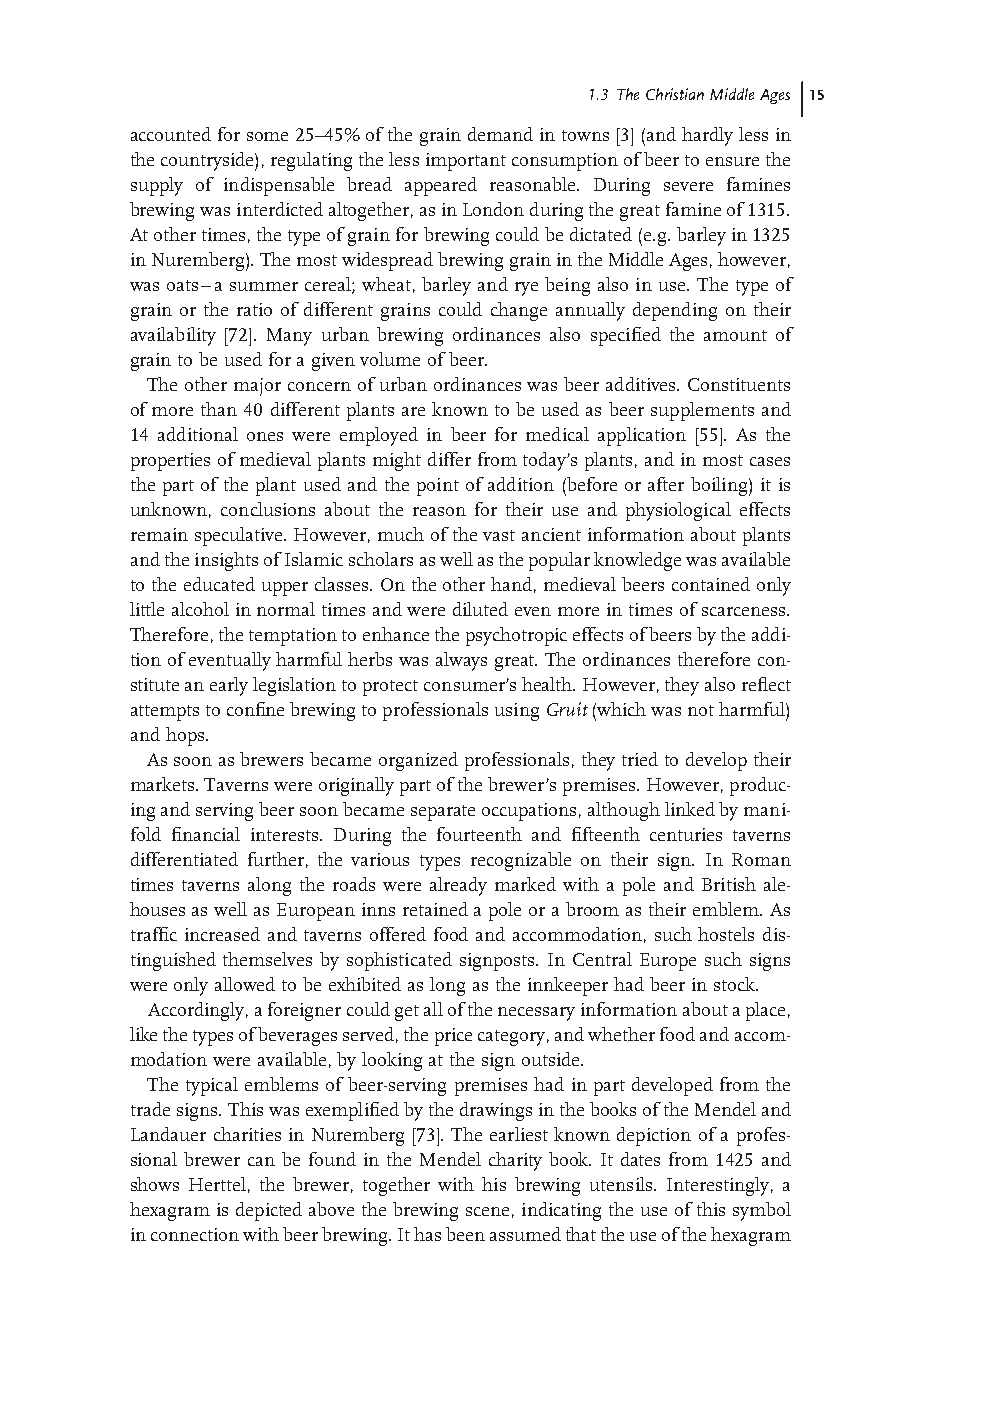
1.3 The Christian Middle Ages 15
 accounted for some 25– 45% of the grain demand in towns [3] (and hardly less in
 the countryside), regulating the less important consumption of beer to ensure the
 supply of indispensable bread appeared reasonable. During severe famines
 brewing was interdicted altogether, as in London during the great famine of 1315.
 At other times, the type of grain for brewing could be dictated (e.g. barley in 1325
 in Nuremberg). The most widespread brewing grain in the Middle Ages, however,
 was oats – a summer cereal; wheat, barley and rye being also in use. The type of
 grain or the ratio of different grains could change annually depending on their
 availability [ 72] . Many urban brewing ordinances also specifi ed the amount of
 grain to be used for a given volume of beer.
 The other major concern of urban ordinances was beer additives. Constituents
 of more than 40 different plants are known to be used as beer supplements and
 14 additional ones were employed in beer for medical application [55] . As the
 properties of medieval plants might differ from today ’ s plants, and in most cases
 the part of the plant used and the point of addition (before or after boiling) it is
 unknown, conclusions about the reason for their use and physiological effects
 remain speculative. However, much of the vast ancient information about plants
 and the insights of Islamic scholars as well as the popular knowledge was available
 to the educated upper classes. On the other hand, medieval beers contained only
 little alcohol in normal times and were diluted even more in times of scarceness.
 Therefore, the temptation to enhance the psychotropic effects of beers by the addi-
 tion of eventually harmful herbs was always great. The ordinances therefore con-
 stitute an early legislation to protect consumer’ s health. However, they also refl ect
 attempts to confi ne brewing to professionals using G ruit (which was not harmful)
 and hops.
 As soon as brewers became organized professionals, they tried to develop their
 markets. Taverns were originally part of the brewer’ s premises. However, produc-
 ing and serving beer soon became separate occupations, although linked by mani-
 fold fi nancial interests. During the fourteenth and fi fteenth centuries taverns
 differentiated further, the various types recognizable on their sign. In Roman
 times taverns along the roads were already marked with a pole and British ale-
 houses as well as European inns retained a pole or a broom as their emblem. As
 traffi c increased and taverns offered food and accommodation, such hostels dis-
 tinguished themselves by sophisticated signposts. In Central Europe such signs
 were only allowed to be exhibited as long as the innkeeper had beer in stock.
 Accordingly, a foreigner could get all of the necessary information about a place,
 like the types of beverages served, the price category, and whether food and accom-
 modation were available, by looking at the sign outside.
 The typical emblems of beer- serving premises had in part developed from the
 trade signs. This was exemplifi ed by the drawings in the books of the Mendel and
 Landauer charities in Nuremberg [ 73] . The earliest known depiction of a profes-
 sional brewer can be found in the Mendel charity book. It dates from 1425 and
 shows Herttel, the brewer, together with his brewing utensils. Interestingly, a
 hexagram is depicted above the brewing scene, indicating the use of this symbol
 in connection with beer brewing. It has been assumed that the use of the hexagram